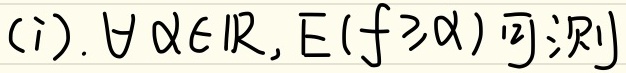
(i). $\forall \alpha \in \mathbb{R}, E(f\geq\alpha)$可测